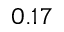
0 . 1 7